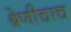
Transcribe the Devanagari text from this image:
श्रेणीचाच